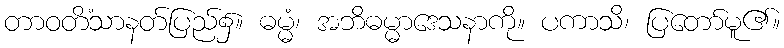
တာဝတိံသာနတ်ပြည်၌။ ဓမ္မံ၊ အဘိဓမ္မာဒေသနာကို။ ပကာသိ၊ ပြတော်မူ၏။